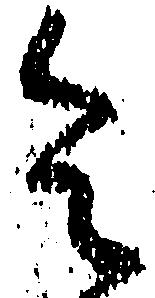
令